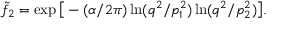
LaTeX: \tilde { f } _ { 2 } = \exp \big [ - ( \alpha / 2 \pi ) \ln ( q ^ { 2 } / p _ { 1 } ^ { 2 } ) \ln ( q ^ { 2 } / p _ { 2 } ^ { 2 } ) \big ] .